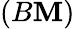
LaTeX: (B\mathbf{M})